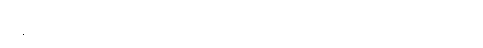
အချင်းယောကျ်ားတို့အား။ “သာဓု၊ ကောင်းပြီ။ အမှာကံ၊ ငါတို့၏။ သေဋ္ဌိ၊ သူဌေးသည်။